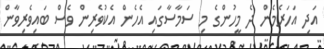
އަދި އަހަރެމެން ދެ މީހުންގެ މި ސަމާސާގައި އެހެން އެކުވެރިން ވެސް ބައިވެރިވާން